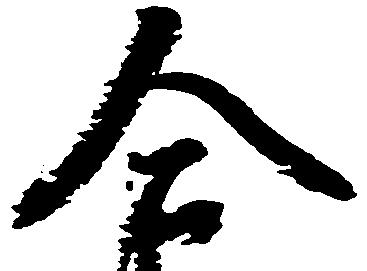
合